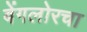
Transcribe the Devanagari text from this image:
बेंगलोरचा